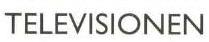
TELEVISIONEN